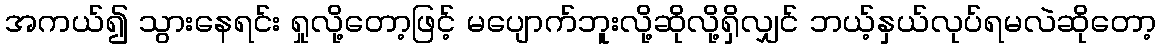
အကယ်၍ သွားနေရင်း ရှုလို့တော့ဖြင့် မပျောက်ဘူးလို့ဆိုလို့ရှိလျှင် ဘယ့်နှယ်လုပ်ရမလဲဆိုတော့